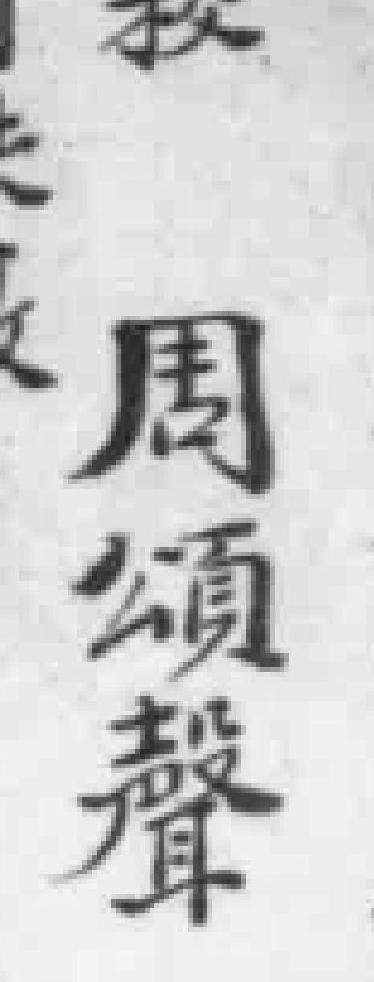
周頌聲